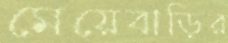
মেয়েবাড়ির